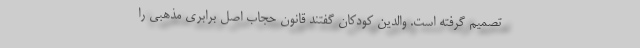
تصمیم گرفته است. والدین کودکان گفتند قانون حجاب اصل برابری مذهبی را